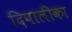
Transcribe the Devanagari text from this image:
दिपालीका